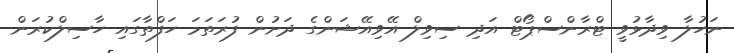
ނަހުލާ ވިދާޅުވީ ޓްރާންސްޕޯޓް އަދި ސިވިލް އޭވިއޭޝަންގެ ދަށުން ފުރަތަމަ ހަފްތާގައި ހާސިލްކުރަން